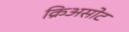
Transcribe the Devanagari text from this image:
क्रिअसोट